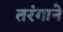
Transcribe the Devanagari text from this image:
तरंगाने